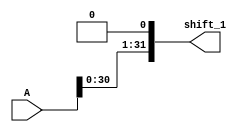
module left_shift_one(shift_1, A);
	
	input [31:0] A;
	
	output [31:0] shift_1;

	assign shift_1[31] = A[30];
	assign shift_1[30] = A[29];
	assign shift_1[29] = A[28];
	assign shift_1[28] = A[27];
	assign shift_1[27] = A[26];
	assign shift_1[26] = A[25];
	assign shift_1[25] = A[24];
	assign shift_1[24] = A[23];
	assign shift_1[23] = A[22];
	assign shift_1[22] = A[21];
	assign shift_1[21] = A[20];
	assign shift_1[20] = A[19];
	assign shift_1[19] = A[18];
	assign shift_1[18] = A[17];
	assign shift_1[17] = A[16];
	assign shift_1[16] = A[15];
	assign shift_1[15] = A[14];
	assign shift_1[14] = A[13];
	assign shift_1[13] = A[12];
	assign shift_1[12] = A[11];
	assign shift_1[11] = A[10];
	assign shift_1[10] = A[9];
	assign shift_1[9] = A[8];
	assign shift_1[8] = A[7];
	assign shift_1[7] = A[6];
	assign shift_1[6] = A[5];
	assign shift_1[5] = A[4];
	assign shift_1[4] = A[3];
	assign shift_1[3] = A[2];
	assign shift_1[2] = A[1];
	assign shift_1[1] = A[0];
	assign shift_1[0] = 1'b0;

endmodule